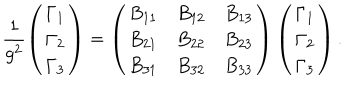
LaTeX: \frac { 1 } { g ^ { 2 } } \left( \begin{array} { l } { { \Gamma _ { 1 } } } \\ { { \Gamma _ { 2 } } } \\ { { \Gamma _ { 3 } } } \\ \end{array} \right) = \left( \begin{array} { l l l } { { B _ { 1 1 } } } & { { B _ { 1 2 } } } & { { B _ { 1 3 } } } \\ { { B _ { 2 1 } } } & { { B _ { 2 2 } } } & { { B _ { 2 3 } } } \\ { { B _ { 3 1 } } } & { { B _ { 3 2 } } } & { { B _ { 3 3 } } } \\ \end{array} \right) \left( \begin{array} { l } { { \Gamma _ { 1 } } } \\ { { \Gamma _ { 2 } } } \\ { { \Gamma _ { 3 } } } \\ \end{array} \right) .